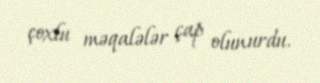
çoxlu məqalələr çap olunurdu.